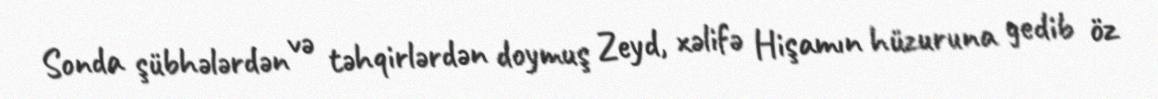
Sonda şübhələrdən və təhqirlərdən doymuş Zeyd, xəlifə Hişamın hüzuruna gedib öz